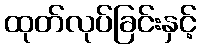
ထုတ်လုပ်ခြင်းနှင့်